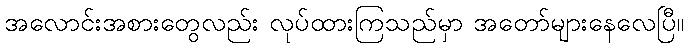
အလောင်းအစားတွေလည်း လုပ်ထားကြသည်မှာ အတော်များနေလေပြီ။